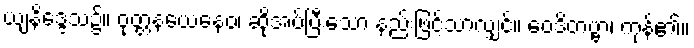
ယျနိဒ္ဒေသ၌။ ဝုတ္တနယေနေဝ၊ ဆိုအပ်ပြီးသော နည်းဖြင့်သာလျှင်။ ဝေဒိတဗ္ဗာ၊ ကုန်၏။